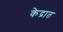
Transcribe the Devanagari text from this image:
केद्रात